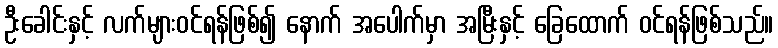
ဦးခေါင်းနှင့် လက်များဝင်ရန်ဖြစ်၍ နောက် အပေါက်မှာ အမြီးနှင့် ခြေထောက် ဝင်ရန်ဖြစ်သည်။